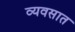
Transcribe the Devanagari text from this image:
व्यवसात